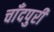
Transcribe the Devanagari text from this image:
चाँदपुरी